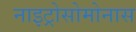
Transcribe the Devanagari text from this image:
नाइट्रोसोमोनास